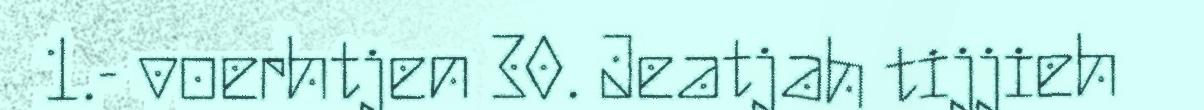
1.- voerhtjen 30. Jeatjah tijjieh